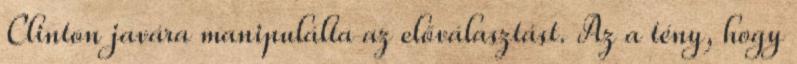
Clinton javára manipulálta az előválasztást. Az a tény, hogy